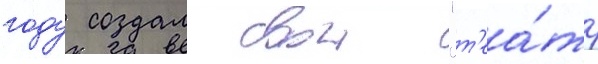
году создал свои "т'еа́тр